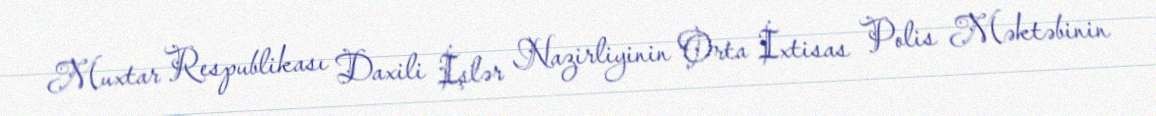
Muxtar Respublikası Daxili İşlər Nazirliyinin Orta İxtisas Polis Məktəbinin